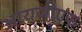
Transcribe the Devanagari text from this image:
आयजीएफ